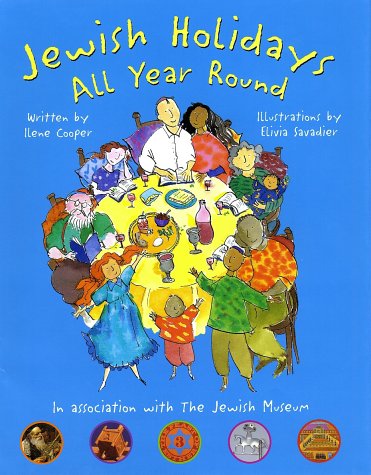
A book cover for Jewish Holidays All Year Round: A Family Treasury; Ilene Cooper; Religion & Spirituality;